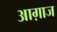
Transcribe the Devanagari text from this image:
आग़ाज